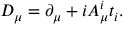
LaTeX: D _ { \mu } = \partial _ { \mu } + i A _ { \mu } ^ { i } t _ { i } .